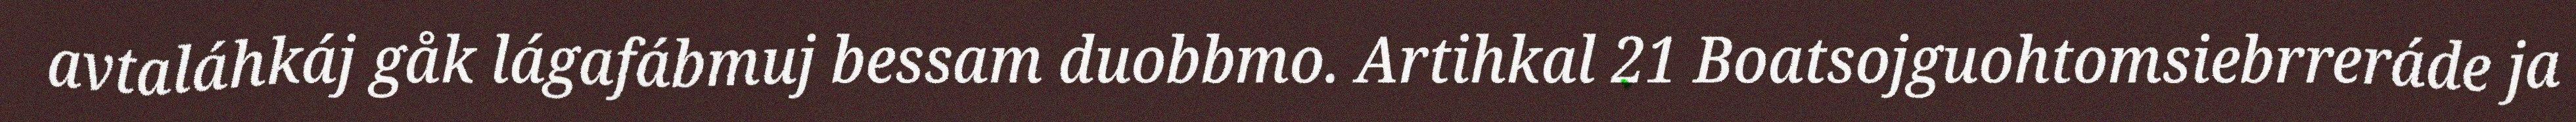
avtaláhkáj gåk lágafábmuj bessam duobbmo. Artihkal 21 Boatsojguohtomsiebrreráde ja